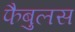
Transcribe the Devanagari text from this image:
फैबुलस